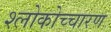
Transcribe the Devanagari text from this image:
श्लोकोच्चारण